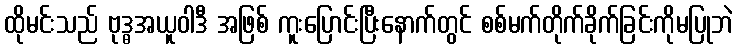
ထိုမင်းသည် ဗုဒ္ဓအယူဝါဒီ အဖြစ် ကူးပြောင်းပြီးနောက်တွင် စစ်မက်တိုက်ခိုက်ခြင်းကိုမပြုဘဲ